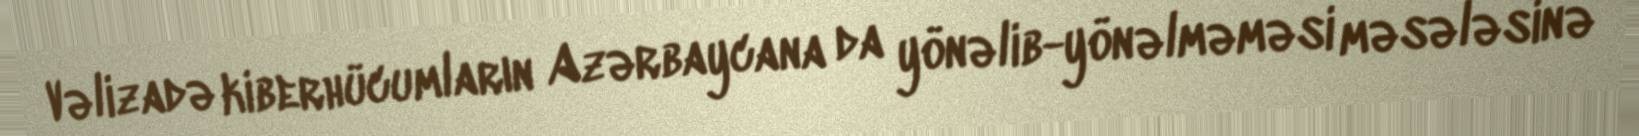
Vəlizadə kiberhücumların Azərbaycana da yönəlib-yönəlməməsi məsələsinə